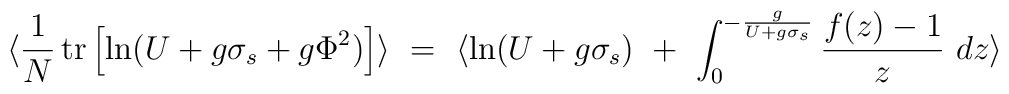
\langle{1 \over N}\,\makebox{tr}\left[\ln (U + g \sigma_s + g \Phi^2)\right]\rangle\ =\ \langle\ln(U + g \sigma_s)\ +\ \int_0^{-{g \over U + g \sigma_s}} {f(z) - 1 \over z}\ dz\rangle